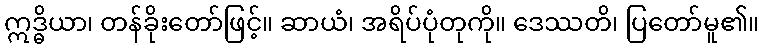
ဣဒ္ဓိယာ၊ တန်ခိုးတော်ဖြင့်။ ဆာယံ၊ အရိပ်ပုံတုကို။ ဒေဿတိ၊ ပြတော်မူ၏။